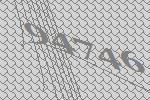
94746